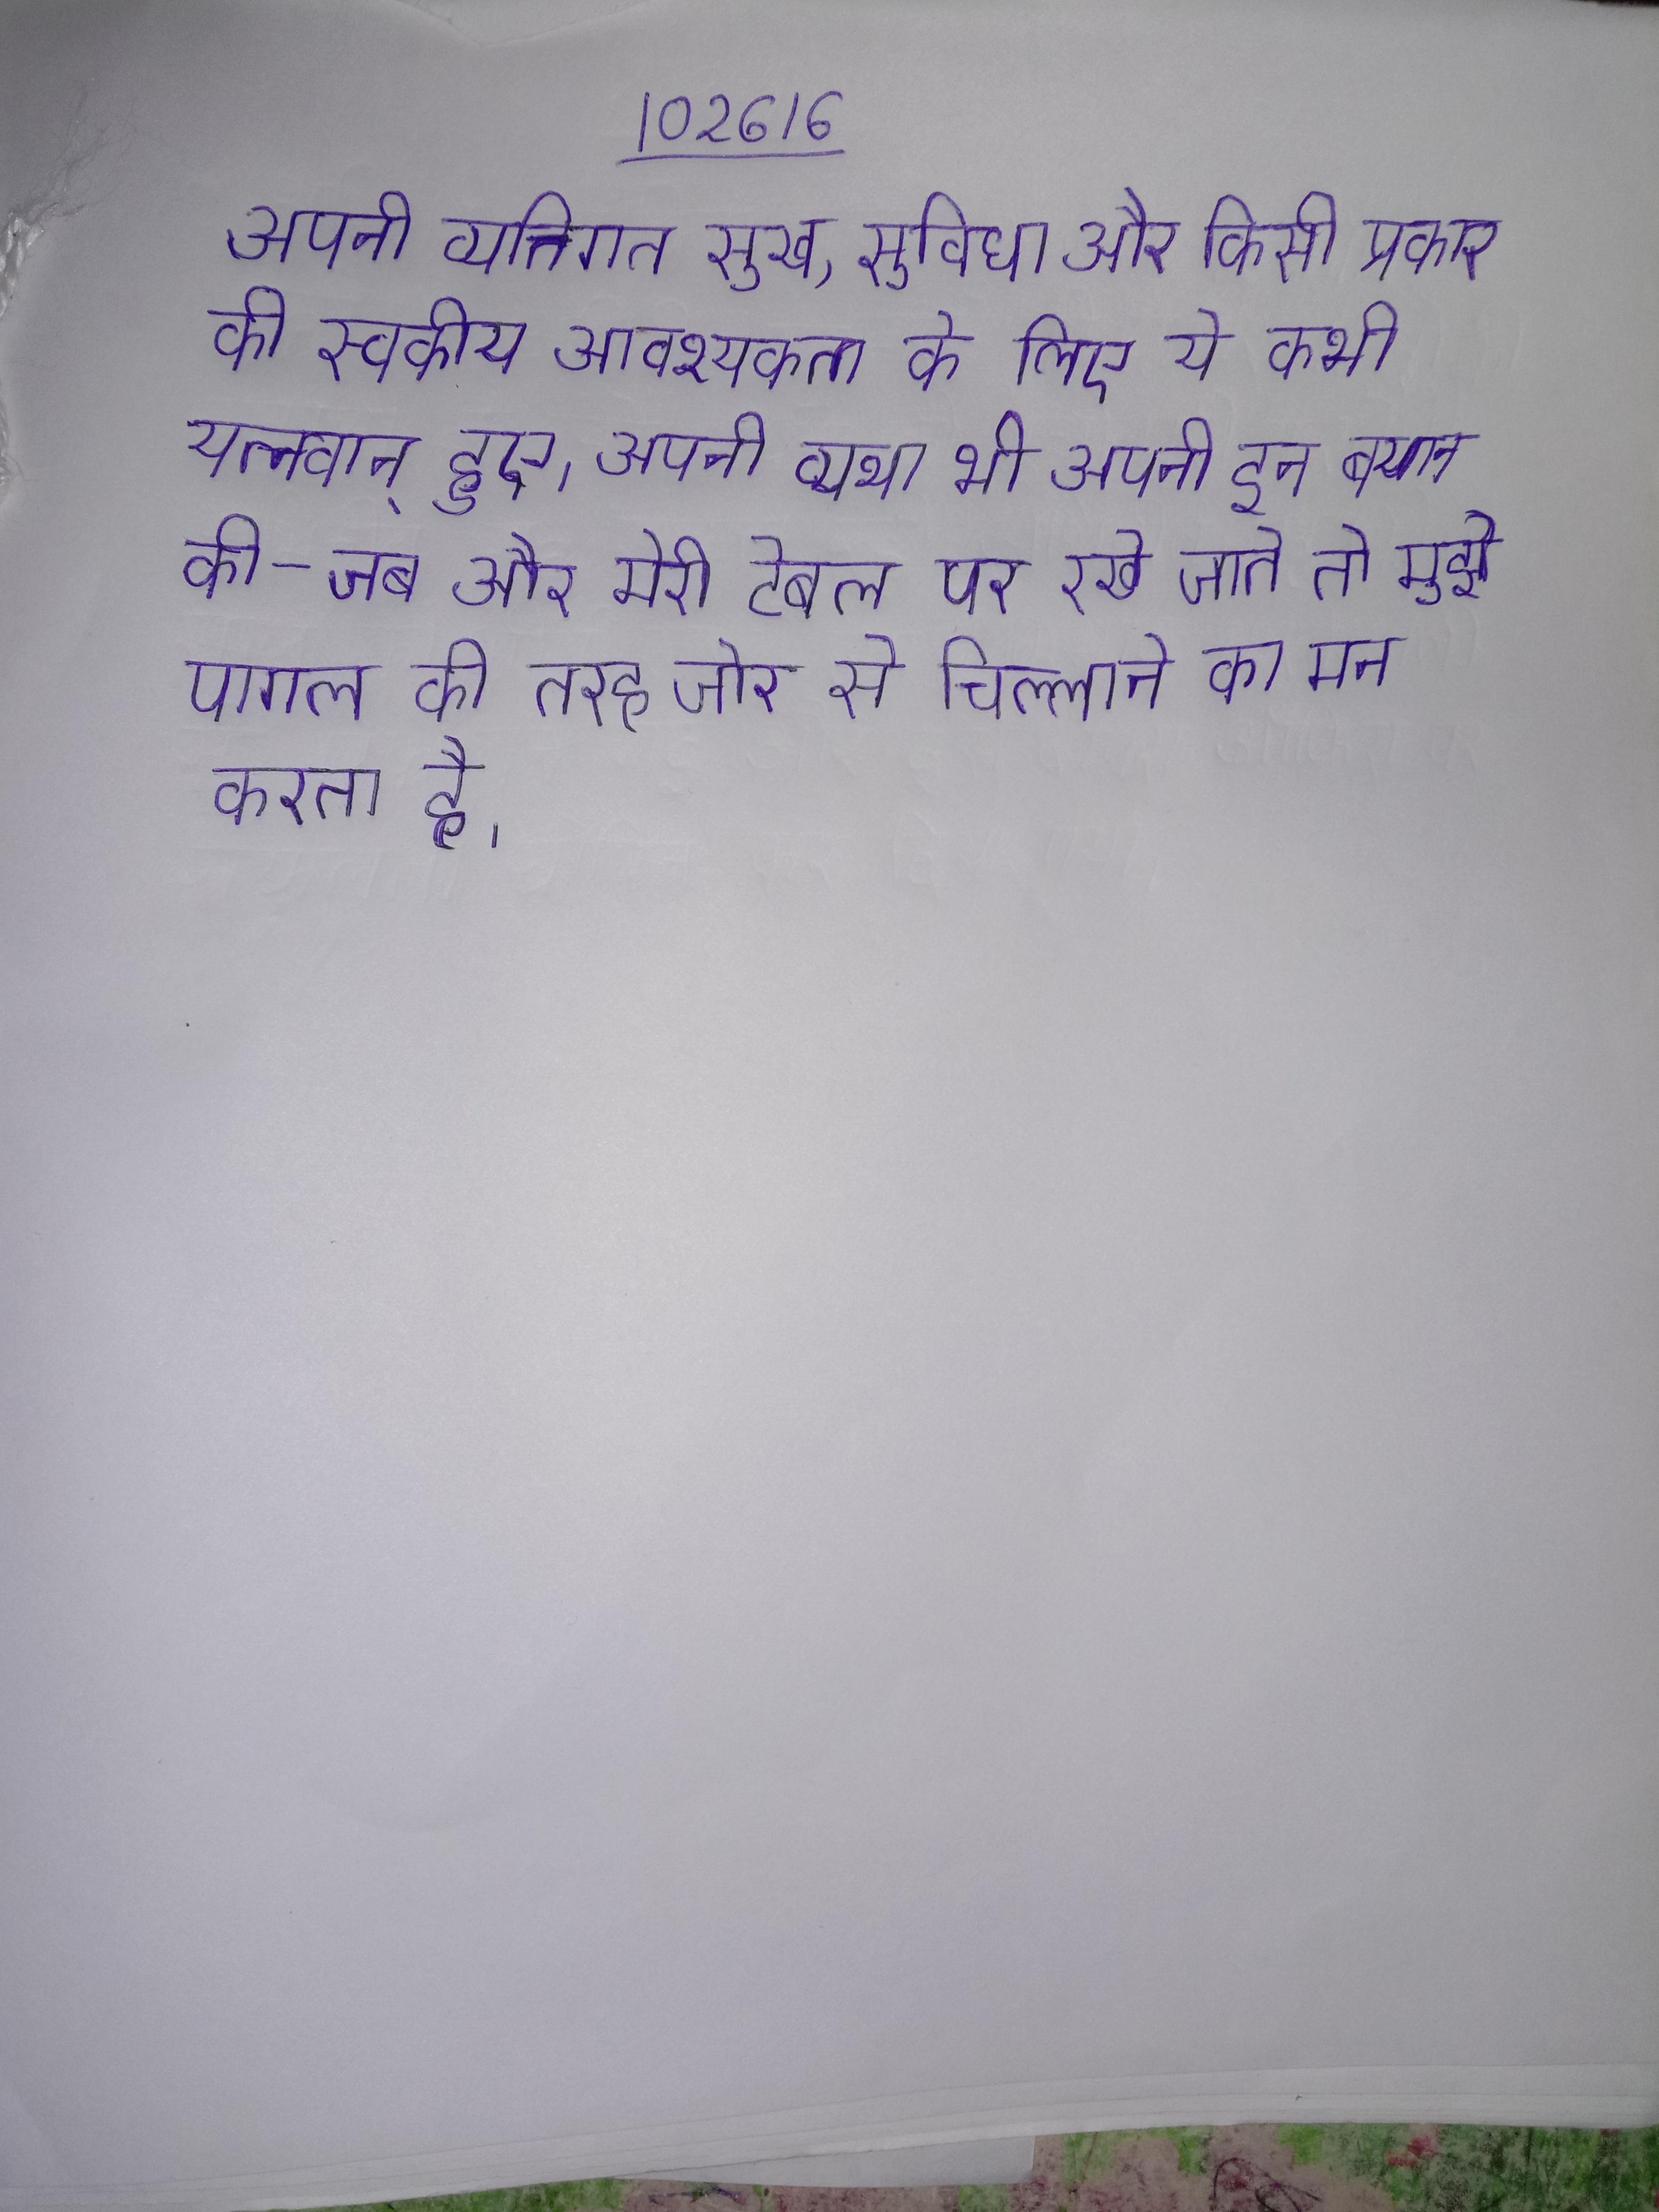
अपनी व्यक्तिगत सुख, सुविधा और किसी प्रकार की स्वकीय आवश्यकता के लिए ये कभी यत्नवान् हुए । अपनी व्यथा भी अपनी इन बयान की - जब और मेरी टेबल पर रखे जाते तो मुझे पागल की तरह जोर से चिल्लाने का मन करता है ।